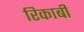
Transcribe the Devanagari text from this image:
रिकाबी